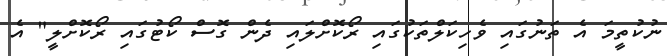
ނުކުތީމަ އެ ތަނުގައި ވެހިކަލްތަކުގައި ރޯކޮށްލައި ދެން ގޮސް ކޯޓުގައި ރޯކޮށްލީ" އެ